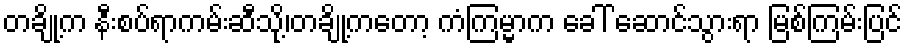
တချို့က နီးစပ်ရာကမ်းဆီသို့၊တချို့ကတော့ ကံကြမ္မာက ခေါ် ဆောင်သွားရာ မြစ်ကြမ်းပြင်